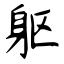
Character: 躯